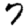
Digit: 7